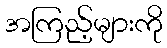
အကြည့်များကို